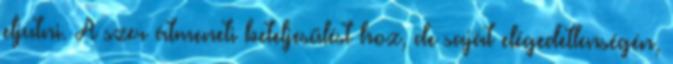
eljutni. A szer átmeneti beteljesülést hoz, de saját elégedetlenségén,